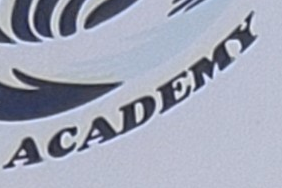
ACADEMY